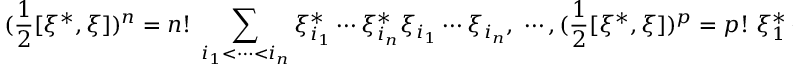
( \frac 1 2 [ \xi ^ { * } , \xi ] ) ^ { n } = n ! \; \sum _ { i _ { 1 } < \cdots < i _ { n } } \xi _ { i _ { 1 } } ^ { * } \cdots \xi _ { i _ { n } } ^ { * } \xi _ { i _ { 1 } } \cdots \xi _ { i _ { n } } , \; \cdots , ( \frac 1 2 [ \xi ^ { * } , \xi ] ) ^ { p } = p ! \; \xi _ { 1 } ^ { * } \cdots \xi _ { p } ^ { * } \xi _ { 1 } \cdots \xi _ { p } ,